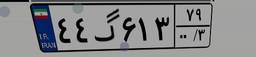
۹۰گ۸۰۷۱۳